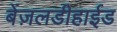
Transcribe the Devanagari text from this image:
बेंज़लडीहाईड